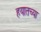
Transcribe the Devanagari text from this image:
हयातच्या